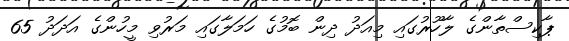
ޕާކިސްތާންގެ ލާހޫރުގައި މިއަދު ދިން ބޮމުގެ ހަމަލާގައި މަރުވި މީހުންގެ އަދަދު 65